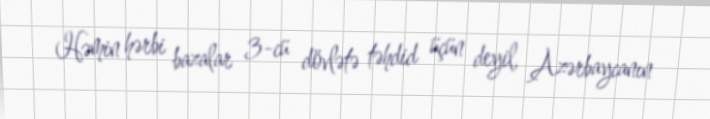
Həmin hərbi bazalar 3-cü dövlətə təhdid üçün deyil, Azərbaycanın